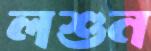
লশুন